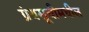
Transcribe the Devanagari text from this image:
ग्रंथसूचीमधील